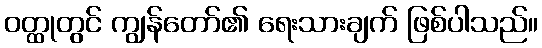
ဝတ္ထုတွင် ကျွန်တော်၏ ရေးသားချက် ဖြစ်ပါသည်။